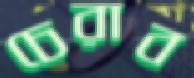
চেরাব